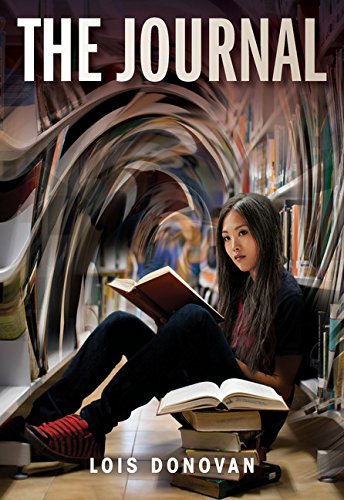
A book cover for The Journal; Lois Donovan; Teen & Young Adult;